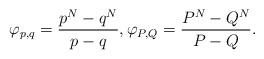
LaTeX: \begin{align*} \varphi_{p,q}=\frac{p^N-q^N}{p-q},\varphi_{P,Q}=\frac{P^{N}-Q^{N}}{P-Q}.\end{align*}